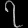
Digit: ၇